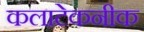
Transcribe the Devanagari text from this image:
कलाटेकनीक